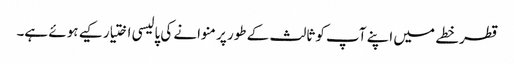
قطر خطے میں اپنے آپ کو ثالث کے طور پر منوانے کی پالیسی اختیار کیے ہوئے ہے۔